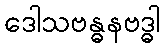
ဒေါသဗန္ဓနဗဒ္ဓါ